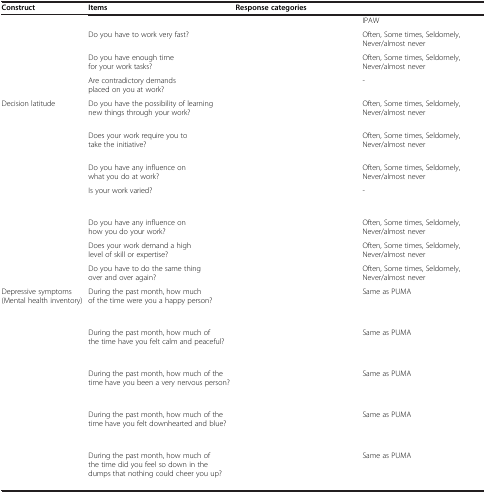
<table><thead><tr><td><b>Construct</b></td><td><b>Items</b></td><td colspan="2"><b>Response categories</b></td></tr></thead><tbody><tr><td>[EMPTY_CELL]</td><td>[EMPTY_CELL]</td><td>[EMPTY_CELL]</td><td>IPAW</td></tr><tr><td>[EMPTY_CELL]</td><td>Do you have to work very fast?</td><td>[EMPTY_CELL]</td><td>Often, Some times, Seldomely, Never/almost never</td></tr><tr><td>[EMPTY_CELL]</td><td>Do you have enough time for your work tasks?</td><td>[EMPTY_CELL]</td><td>Often, Some times, Seldomely, Never/almost never</td></tr><tr><td>[EMPTY_CELL]</td><td>Are contradictory demands placed on you at work?</td><td>[EMPTY_CELL]</td><td>-</td></tr><tr><td>Decision latitude</td><td>Do you have the possibility of learning new things through your work?</td><td>[EMPTY_CELL]</td><td>Often, Some times, Seldomely, Never/almost never</td></tr><tr><td>[EMPTY_CELL]</td><td>Does your work require you to take the initiative?</td><td>[EMPTY_CELL]</td><td>Often, Some times, Seldomely, Never/almost never</td></tr><tr><td>[EMPTY_CELL]</td><td>Do you have any influence on what you do at work?</td><td>[EMPTY_CELL]</td><td>Often, Some times, Seldomely, Never/almost never</td></tr><tr><td>[EMPTY_CELL]</td><td>Is your work varied?</td><td>[EMPTY_CELL]</td><td>-</td></tr><tr><td>[EMPTY_CELL]</td><td>Do you have any influence on how you do your work?</td><td>[EMPTY_CELL]</td><td>Often, Some times, Seldomely, Never/almost never</td></tr><tr><td>[EMPTY_CELL]</td><td>Does your work demand a high level of skill or expertise?</td><td>[EMPTY_CELL]</td><td>Often, Some times, Seldomely, Never/almost never</td></tr><tr><td>[EMPTY_CELL]</td><td>Do you have to do the same thing over and over again?</td><td>[EMPTY_CELL]</td><td>Often, Some times, Seldomely, Never/almost never</td></tr><tr><td>Depressive symptoms (Mental health inventory)</td><td>During the past month, how much of the time were you a happy person?</td><td>[EMPTY_CELL]</td><td>Same as PUMA</td></tr><tr><td>[EMPTY_CELL]</td><td>During the past month, how much of the time have you felt calm and peaceful?</td><td>[EMPTY_CELL]</td><td>Same as PUMA</td></tr><tr><td>[EMPTY_CELL]</td><td>During the past month, how much of the time have you been a very nervous person?</td><td>[EMPTY_CELL]</td><td>Same as PUMA</td></tr><tr><td>[EMPTY_CELL]</td><td>During the past month, how much of the time have you felt downhearted and blue?</td><td>[EMPTY_CELL]</td><td>Same as PUMA</td></tr><tr><td>[EMPTY_CELL]</td><td>During the past month, how much of the time did you feel so down in the dumps that nothing could cheer you up?</td><td>[EMPTY_CELL]</td><td>Same as PUMA</td></tr></tbody></table>